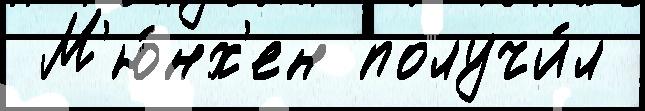
 М'ю́нх'ен получи́л